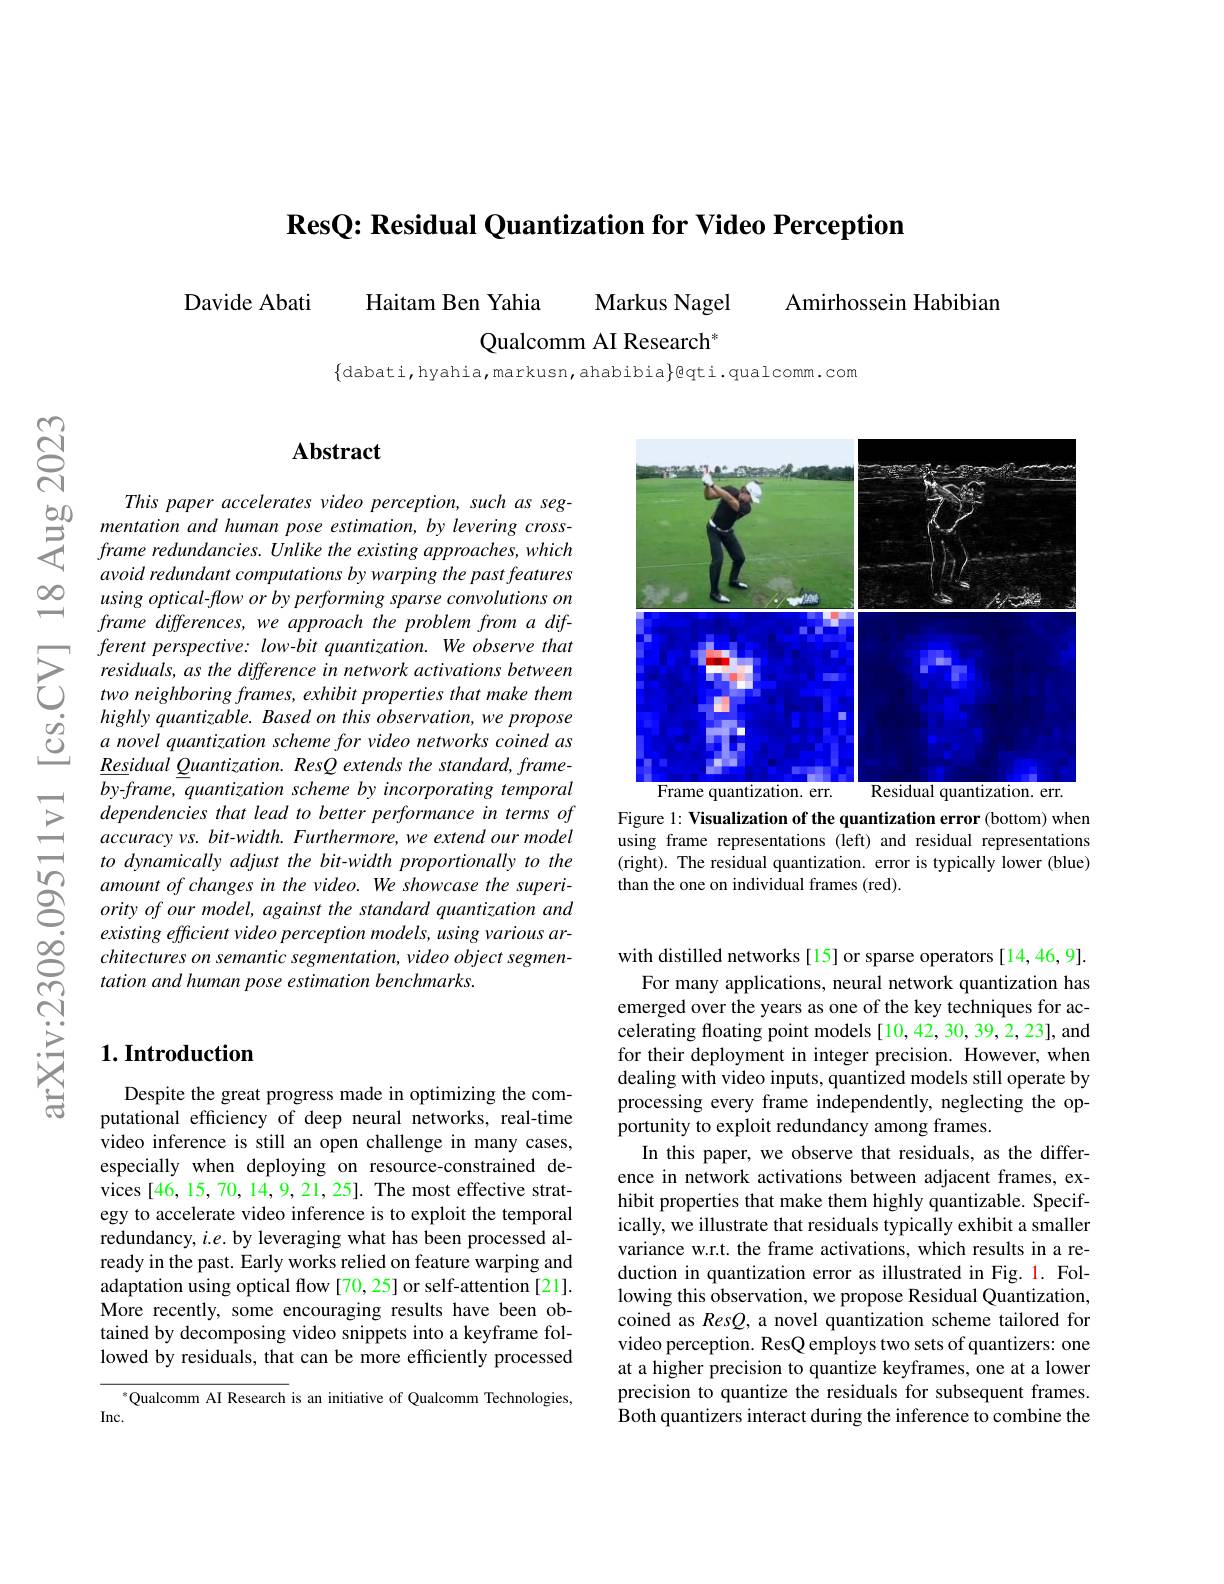
$\textbf{ResQ: Residual Quantization for Video Perception}$

Amirhossein Habibian

Davide Abati
Haitam Ben Yahia
Markus Nagel
Qualcomm AI Research"

$\{$dabati,hyahia,markusn,ahabibia$\}$eqti.qualcomm.com

$ଝୁ$

$\Xi$

$ഇ$

### $\mathbf{Abstract}$

This paper accelerates video $perception$, such $as$ $seg-$ $b0$ mentati
avoid redundant computations by warping the past features using optical-flow or by performing sparse convolutions on frame differences, we approach the problem from a different perspective: low-bit quantization. We observe that
$\sum_{\begin{array}{lll}&\text{ferent perspecttve: low-blt quantzatton. We observe that}\\&\text{residuals, as the difference in network activations between}\\&\text{two neighboring frames, exhibit properties that make them}\end{array}}$
Residual Quantization. ResQ extends the standard, frameby-frame, quantization scheme by incorporating temporal dependencies that lead to better performance in terms of accuracy vs. bit-width. Furthermore, we extend our model to dynamically adjust the bit-width proportionally to the
existing efficient video perception models, using various architectures on semantic segmentation, video object segmentation and human pose estimation benchmarks.

## $1. \textbf{Introduction}$

Despite the great progress made in optimizing the computational efficiency of deep neural networks, real-time video inference is still an open challenge in many cases, especially when deploying on resource-constrained devices [46, 15, 70, 14,9, 21, 25]. The most effective strategy to accelerate video inference is to exploit the temporal redundancy, $i.e.$ by leveraging what has been processed already in the past. Early works relied on feature warping and adaptation using optical flow [70,25] or self-attention [21]. More recently, some encouraging results have been obtained by decomposing video snippets into a keyframe followed by residuals, that can be more efficiently processed

$^{*}$Qualcomm AI Research is an initiative of Qualcomm Technologies,
Inc.

<FigureHere>

Figure 1: Visualization of the quantization error (bottom) when using frame representations (left) and residual representations (right). The residual quantization. error is typically lower (blue) than the one on individual frames (red).

with distilled networks [15] or sparse operators [14,46,9].
For many applications, neural network quantization has emerged over the years as one of the key techniques for accelerating floating point models [10,42,30,39,2,23], and for their deployment in integer precision. However, when dealing with video inputs, quantized models still operate by processing every frame independently, neglecting the opportunity to exploit redundancy among frames.
In this paper, we observe that residuals, as the difference in network activations between adjacent frames, exhibit properties that make them highly quantizable. Specifically, we illustrate that residuals typically exhibit a smaller variance w.r.t. the frame activations, which results in a reduction in quantization error as illustrated in Fig. 1. Following this observation, we propose Residual Quantization, coined as Res$Q$, a novel quantization scheme tailored for video perception. ResQ employs two sets of quantizers: one at a higher precision to quantize keyframes, one at a lower precision to quantize the residuals for subsequent frames. Both quantizers interact during the inference to combine the